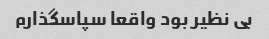
بی نظیر بود واقعا سپاسگذارم